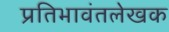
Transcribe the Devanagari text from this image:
प्रतिभावंतलेखक